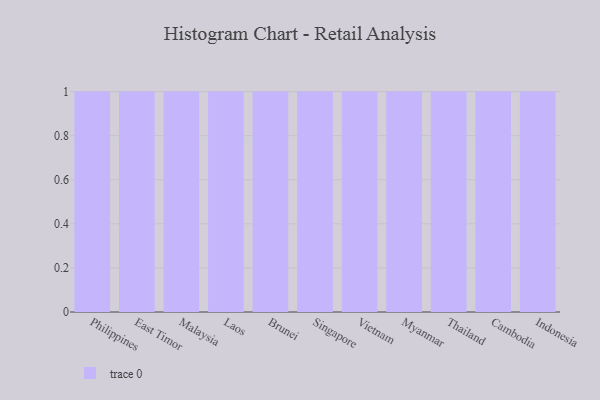
{"axis": {"x": "Country", "y": "Satisfaction Score"}, "legend": [""], "data": [{"x": "Philippines", "y": 9, "type": ""}, {"x": "East Timor", "y": 81, "type": ""}, {"x": "Malaysia", "y": 80, "type": ""}, {"x": "Laos", "y": 78, "type": ""}, {"x": "Brunei", "y": 30, "type": ""}, {"x": "Singapore", "y": 38, "type": ""}, {"x": "Vietnam", "y": 22, "type": ""}, {"x": "Myanmar", "y": 18, "type": ""}, {"x": "Thailand", "y": 42, "type": ""}, {"x": "Cambodia", "y": 45, "type": ""}, {"x": "Indonesia", "y": 92, "type": ""}]}